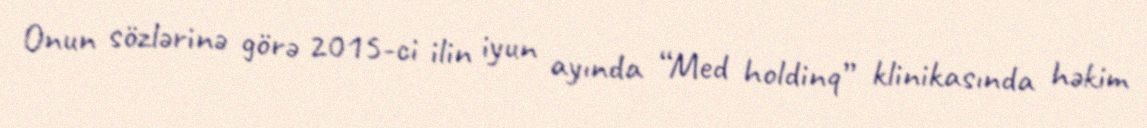
Onun sözlərinə görə 2015-ci ilin iyun ayında “Med holdinq” klinikasında həkim